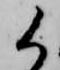
候